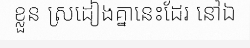
ខ្លួន ស្រដៀងគ្នានេះដែរ នៅឯ